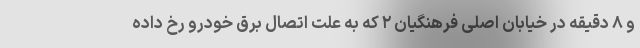
و ۸ دقیقه در خیابان اصلی فرهنگیان ۲ که به علت اتصال برق خودرو رخ داده